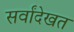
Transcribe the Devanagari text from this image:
सर्वांदेखत